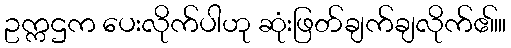
ဥက္ကဌက ပေးလိုက်ပါဟု ဆုံးဖြတ်ချက်ချလိုက်ဧ။်။